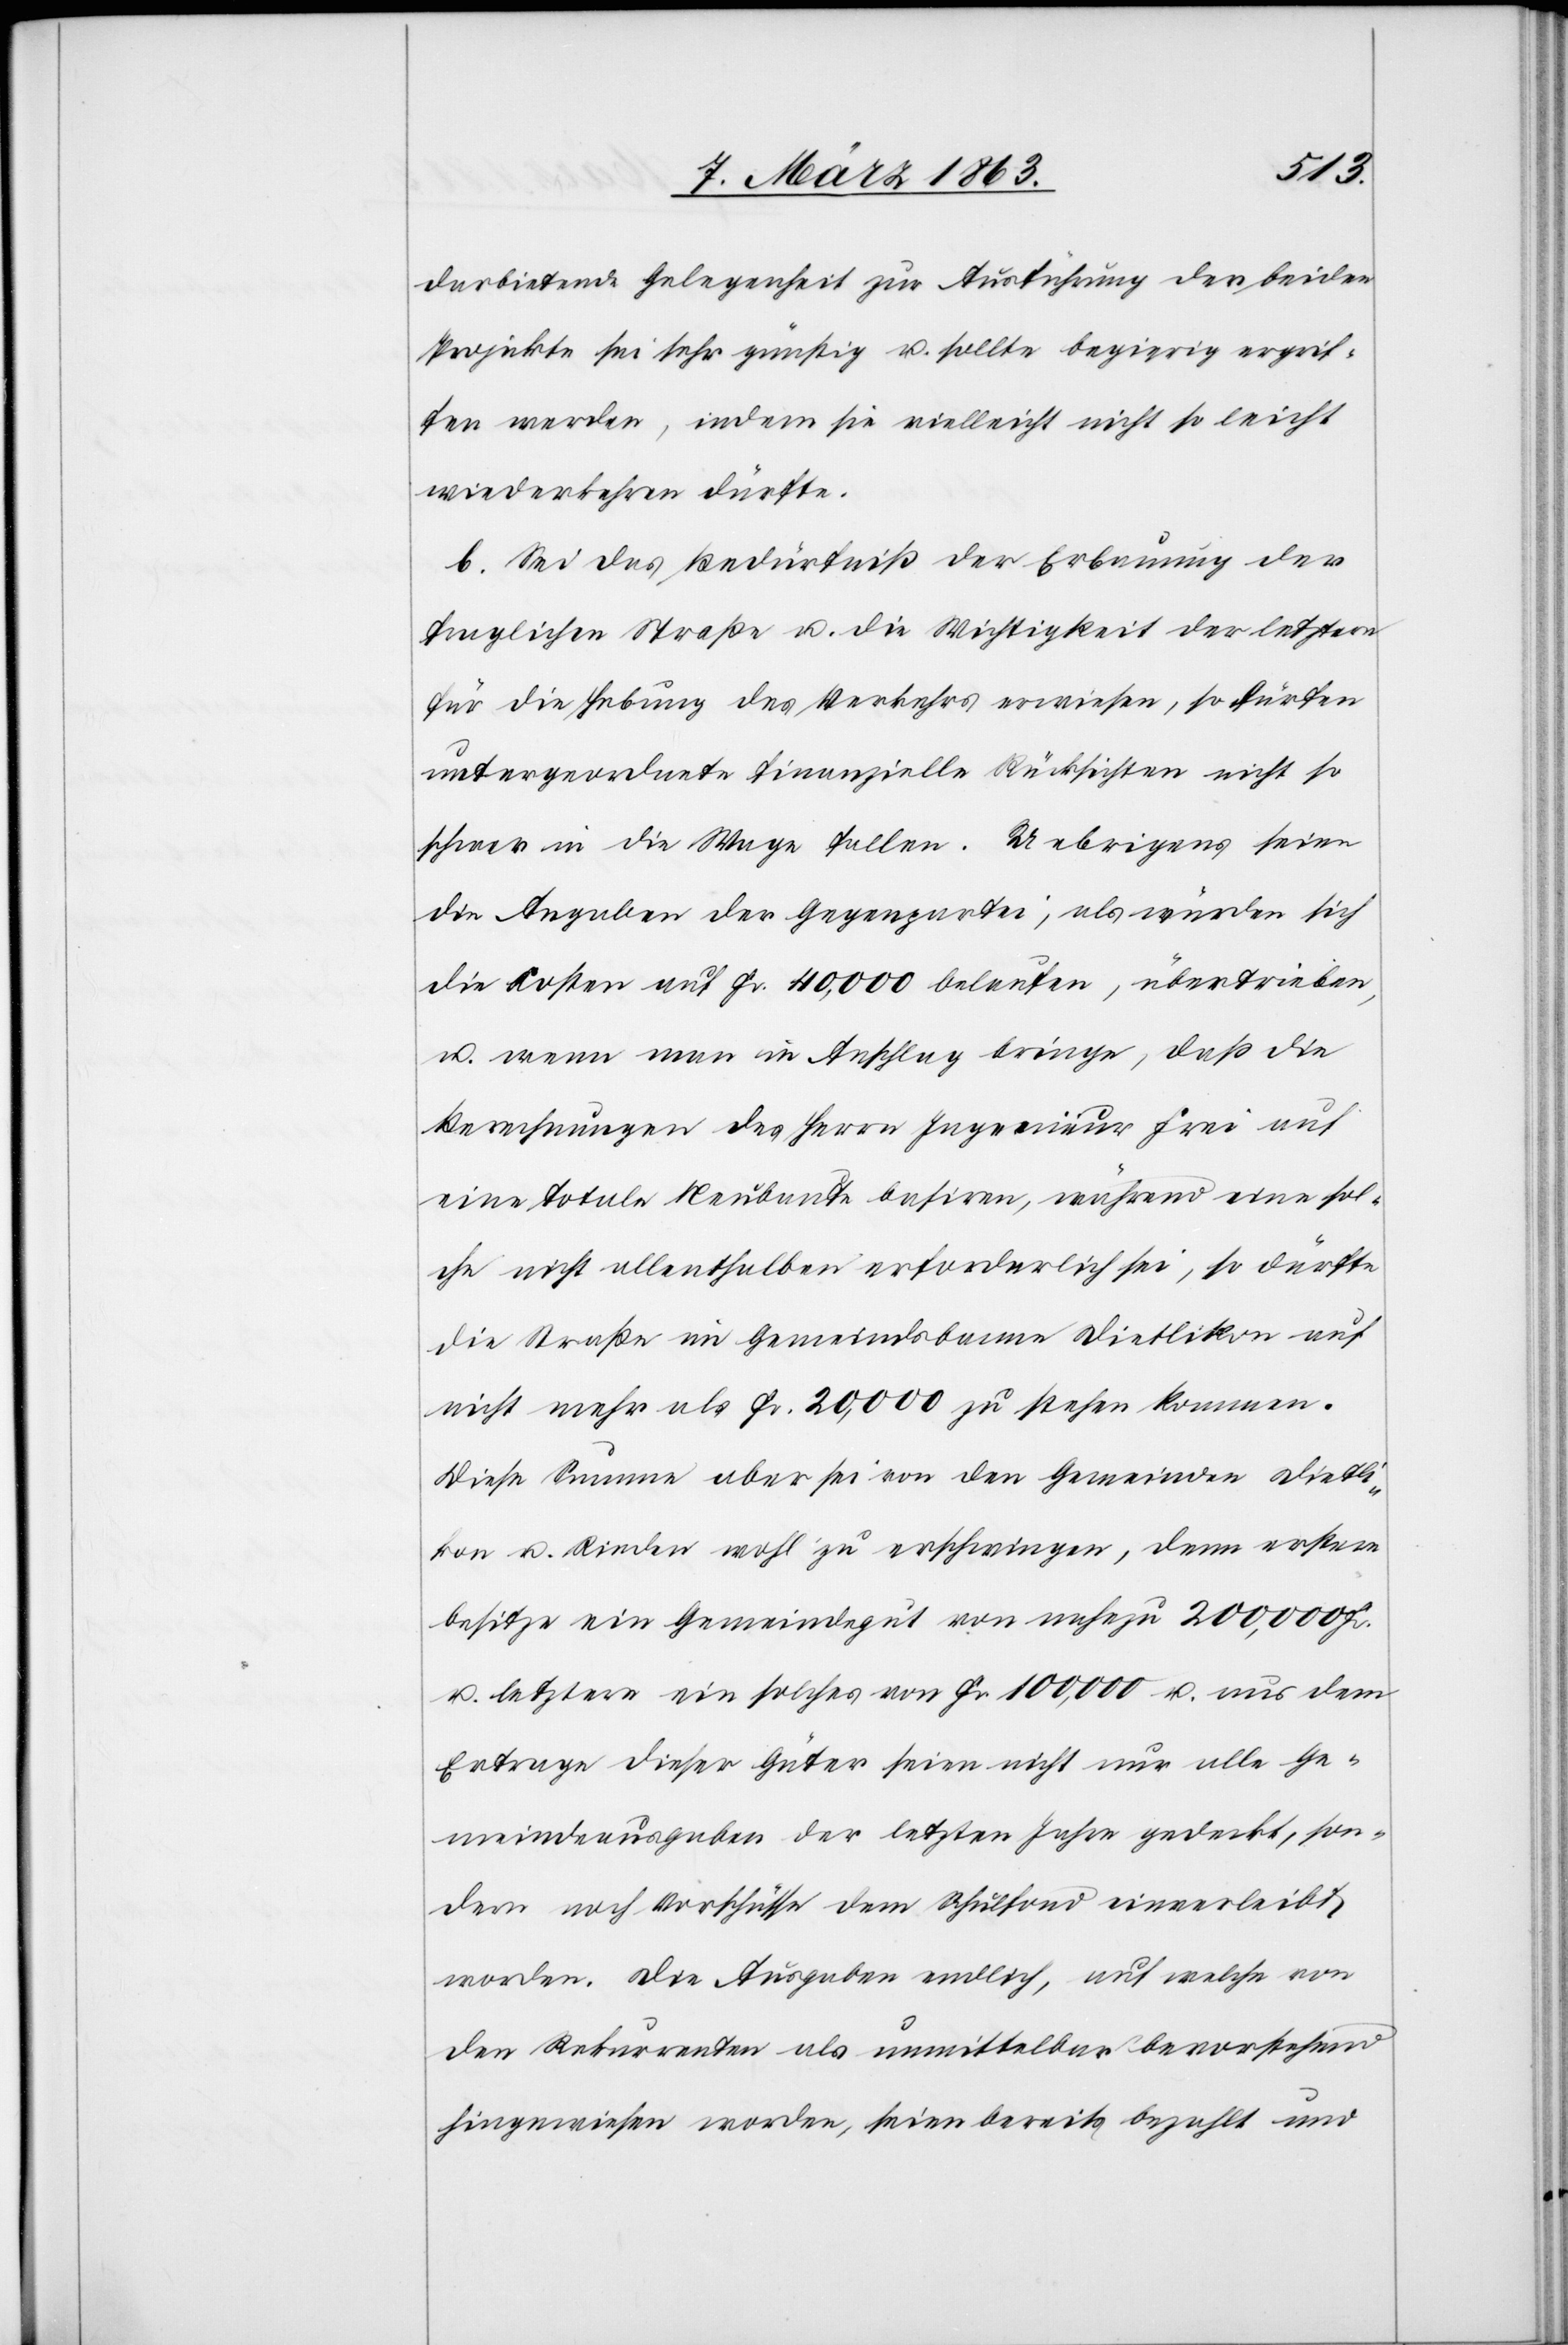
darbietende Gelegenheit zur Ausführung der beiden
Projekte sei sehr günstig u. sollte begierig ergrif¬
fen werden, indem sie vielleicht nicht so leicht
wiederkehren dürfte.
b. Sei das Bedürfniß der Erbauung der
fraglichen Straße u. die Wichtigkeit der letztern
für die Hebung des Verkehrs erwiesen, so dürfen
untergeordnete finanzielle Rücksichten nicht so
schwer in die Wage fallen. Uebrigens seien
die Angaben der Gegenpartei, als würden sich
die Kosten auf Fr. 40,000 belaufen, übertrieben,
u. wenn man in Anschlag bringe, daß die
Berechnungen des Herrn Ingenieur Frei auf
eine totale Neubaute basiren, während eine sol¬
che nicht allenthalben erforderlich sei, so dürfte
die Straße im Gemeindsbanne Dietlikon auf
nicht mehr als Fr. 20,000 zu stehen kommen.
Diese Summe aber sei von den Gemeinden Dietli¬
kon u. Rieden wohl zu erschwingen, denn erstere
besitze ein Gemeindegut von nahezu 200,000 Fr.
u. letztere ein solches von Fr. 100,000 u. aus dem
Ertrage dieser Güter seien nicht nur alle Ge¬
meindeausgaben der letzten Jahre gedeckt, son¬
dern noch Vorschüsse dem Schulfond einverleibt
worden. Die Ausgaben endlich, auf welche von
den Rekurrenten als unmittelbar bevorstehend
hingewiesen worden, seien bereits bezahlt und